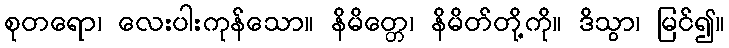
စုတရော၊ လေးပါးကုန်သော။ နိမိတ္တေ၊ နိမိတ်တို့ကို။ ဒိသွာ၊ မြင်၍။